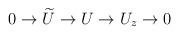
LaTeX: \begin{align*}0 \rightarrow \widetilde{U} \rightarrow U \rightarrow U_{z}\rightarrow 0\end{align*}